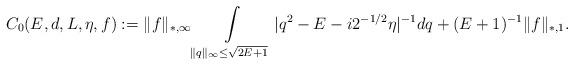
LaTeX: \begin{align*} C_0(E,d, L, \eta,f) := \| f \|_{*,\infty} \int\limits_{ \| q \|_\infty \leq \sqrt{ 2 E + 1 } } |q^2 - E - i 2^{-1/2} \eta |^{-1} dq + (E +1 )^{-1} \| f \|_{*,1} .\end{align*}